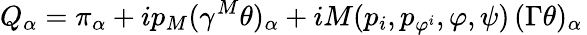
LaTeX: Q_{\alpha}=\pi_{\alpha}+ip_{M}(\gamma^{M}\theta)_{\alpha}+iM(p_{i},p_{\varphi^{i}},\varphi,\psi)\, (\Gamma\theta)_{\alpha}\,